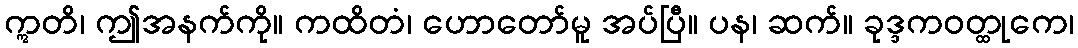
ဣတိ၊ ဤအနက်ကို။ ကထိတံ၊ ဟောတော်မူ အပ်ပြီ။ ပန၊ ဆက်။ ခုဒ္ဒကဝတ္ထုကေ၊